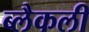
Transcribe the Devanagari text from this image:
ब्लैकली